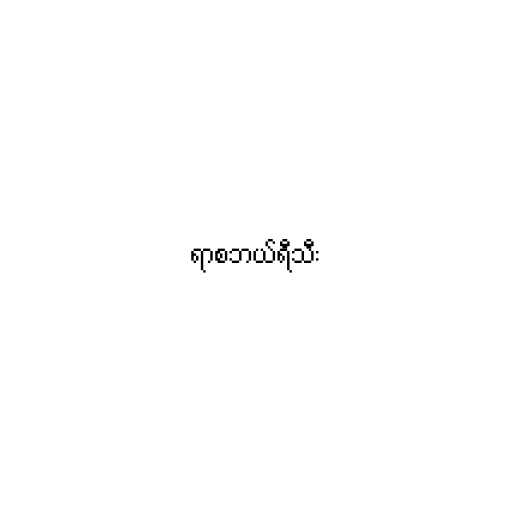
ရာစဘယ်ရီသီး